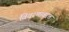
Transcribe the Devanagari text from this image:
विवरणाबद्दल